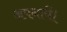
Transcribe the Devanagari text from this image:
अपनायें।